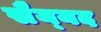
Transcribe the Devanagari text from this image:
सैय्‌यद